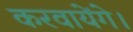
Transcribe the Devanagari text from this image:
करवायेंगे।